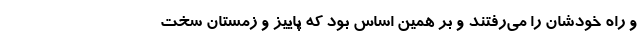
و راه خودشان را می‌رفتند و بر همین اساس بود که پاییز و زمستان سخت